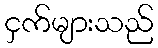
ငှက်များသည်